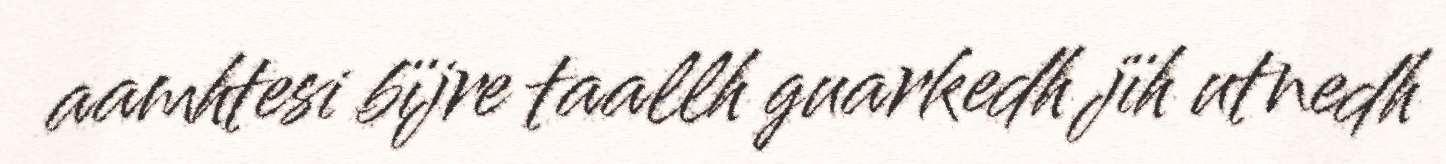
aamhtesi bïjre taallh guarkedh jïh utnedh